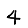
Digit: 4